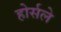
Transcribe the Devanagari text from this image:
होर्सले